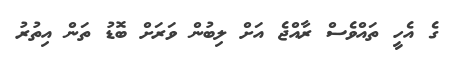
ގެ އެހީ ތައްވެސް ރާއްޖެ އަށް ލިބުން ވަރަށް ބޮޑު ތަން އިތުރު